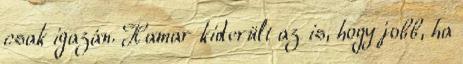
csak igazán. Hamar kiderült az is, hogy jobb, ha